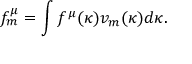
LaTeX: f _ { m } ^ { \mu } = \int f ^ { \mu } ( \kappa ) v _ { m } ( \kappa ) d \kappa .